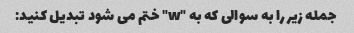
جمله زیر را به سوالی که به "w" ختم می شود تبدیل کنید: